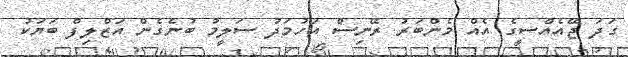
ގަދަ ޖޭއެއްސީގެ އެއް މެންބަރު ރޭނިސް އަހުމަދު ސަލީމު ބުނެގެން އަޒްލިފް ބަޔަކު